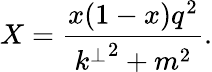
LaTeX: X=\frac{x(1-x)q^{2}}{{k^{\perp}}^{2}+m^{2}}.